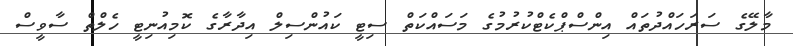
މާލޭގެ ސަރަހައްދުތައް އިންސްޕްކެޓްކުރުމުގެ މަސައްކަތް ސިޓީ ކައުންސިލް އިދާރާގެ ކޮމިއުނިޓީ ހެލްތް ސާވީސް